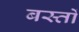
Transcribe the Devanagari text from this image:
बस्तों